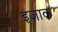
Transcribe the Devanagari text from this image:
इज़ाक